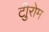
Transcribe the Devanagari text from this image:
टीुरोम